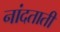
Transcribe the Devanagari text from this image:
नांदताती